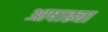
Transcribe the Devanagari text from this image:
आषाढ्या